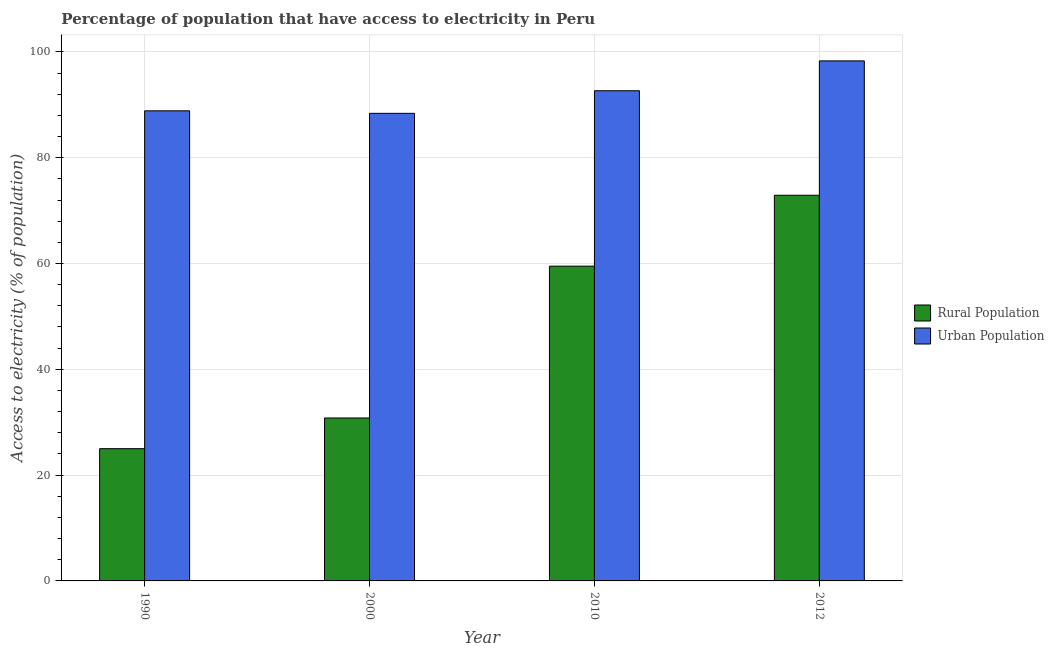
| Year | Rural Population | Urban Population |
 | --- | --- | --- |
 | 1990 | 25 | 88.9 |
 | 2000 | 30.8 | 88.4 |
 | 2010 | 59.5 | 92.7 |
 | 2012 | 72.9 | 98.3 |